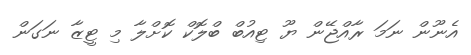
އެނޫން ނަމަ ރާއްޖޭން ޔޫ ޓިއުބް ބްލޮކް ކޮށްލާ މި ޓީޒާ ނަގަން